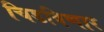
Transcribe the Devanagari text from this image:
चिडविणार